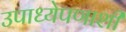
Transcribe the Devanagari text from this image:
उपाध्येपणाशी